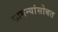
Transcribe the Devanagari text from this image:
सामन्यांसोबत